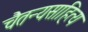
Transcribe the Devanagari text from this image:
चैतन्यसाहित्य